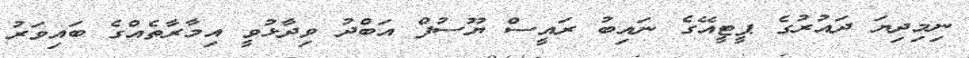
ނިމިދިޔަ ދައުރުގެ ޕީޓީއޭގެ ނައިބު ރައީސް ޔޫސުފް އަބްދު ވިދާޅުވީ އިމާރާތެއްގެ ބައިވަރު